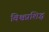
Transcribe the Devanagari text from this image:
विश्वप्रशिद्ध